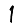
Digit: 1